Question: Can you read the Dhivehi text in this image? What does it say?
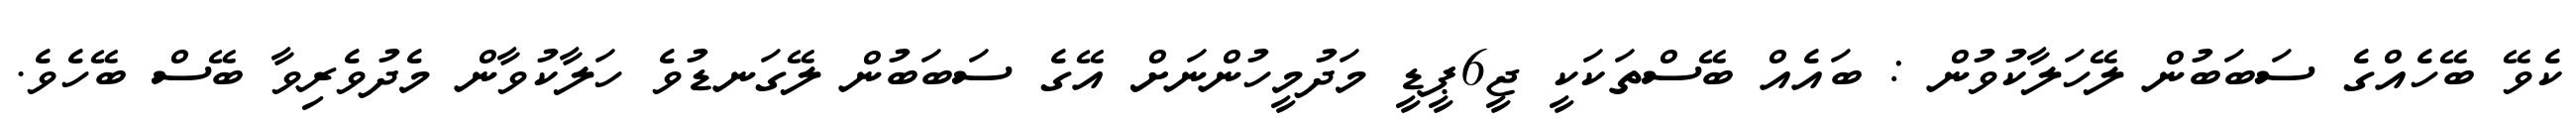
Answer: ކެވޭ ބޭހެއްގެ ސަބަބުން ލޭހަލާކުވުން : ބައެއް ބޭސްތަކަކީ ޖީ6ޕީޑީ މަދުމީހުންނަށް އޭގެ ސަބަބުން ލޭގަނޑުވެ ހަލާކުވާން މެދުވެރިވާ ބޭސް ބޭހެވެ.